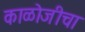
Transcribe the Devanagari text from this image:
काळोजीचा